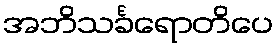
အဘိသင်္ခရောတိပေ